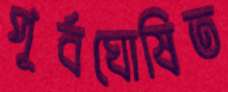
পূর্বঘোষিত